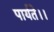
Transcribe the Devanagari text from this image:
पार्यते।।